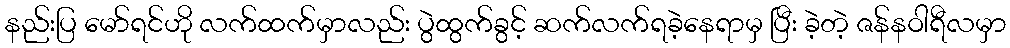
နည်းပြ မော်ရင်ဟို လက်ထက်မှာလည်း ပွဲထွက်ခွင့် ဆက်လက်ရခဲ့နေရာမှ ပြီး ခဲ့တဲ့ ဇန်နဝါရီလမှာ